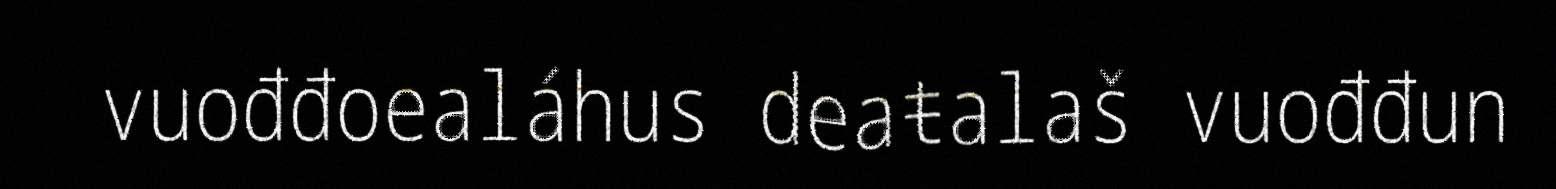
vuođđoealáhus deaŧalaš vuođđun